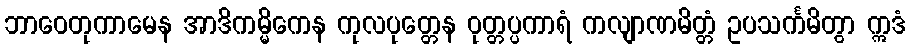
ဘာဝေတုကာမေန အာဒိကမ္မိကေန ကုလပုတ္တေန ဝုတ္တပ္ပကာရံ ကလျာဏမိတ္တံ ဥပသင်္ကမိတွာ ဣဒံ